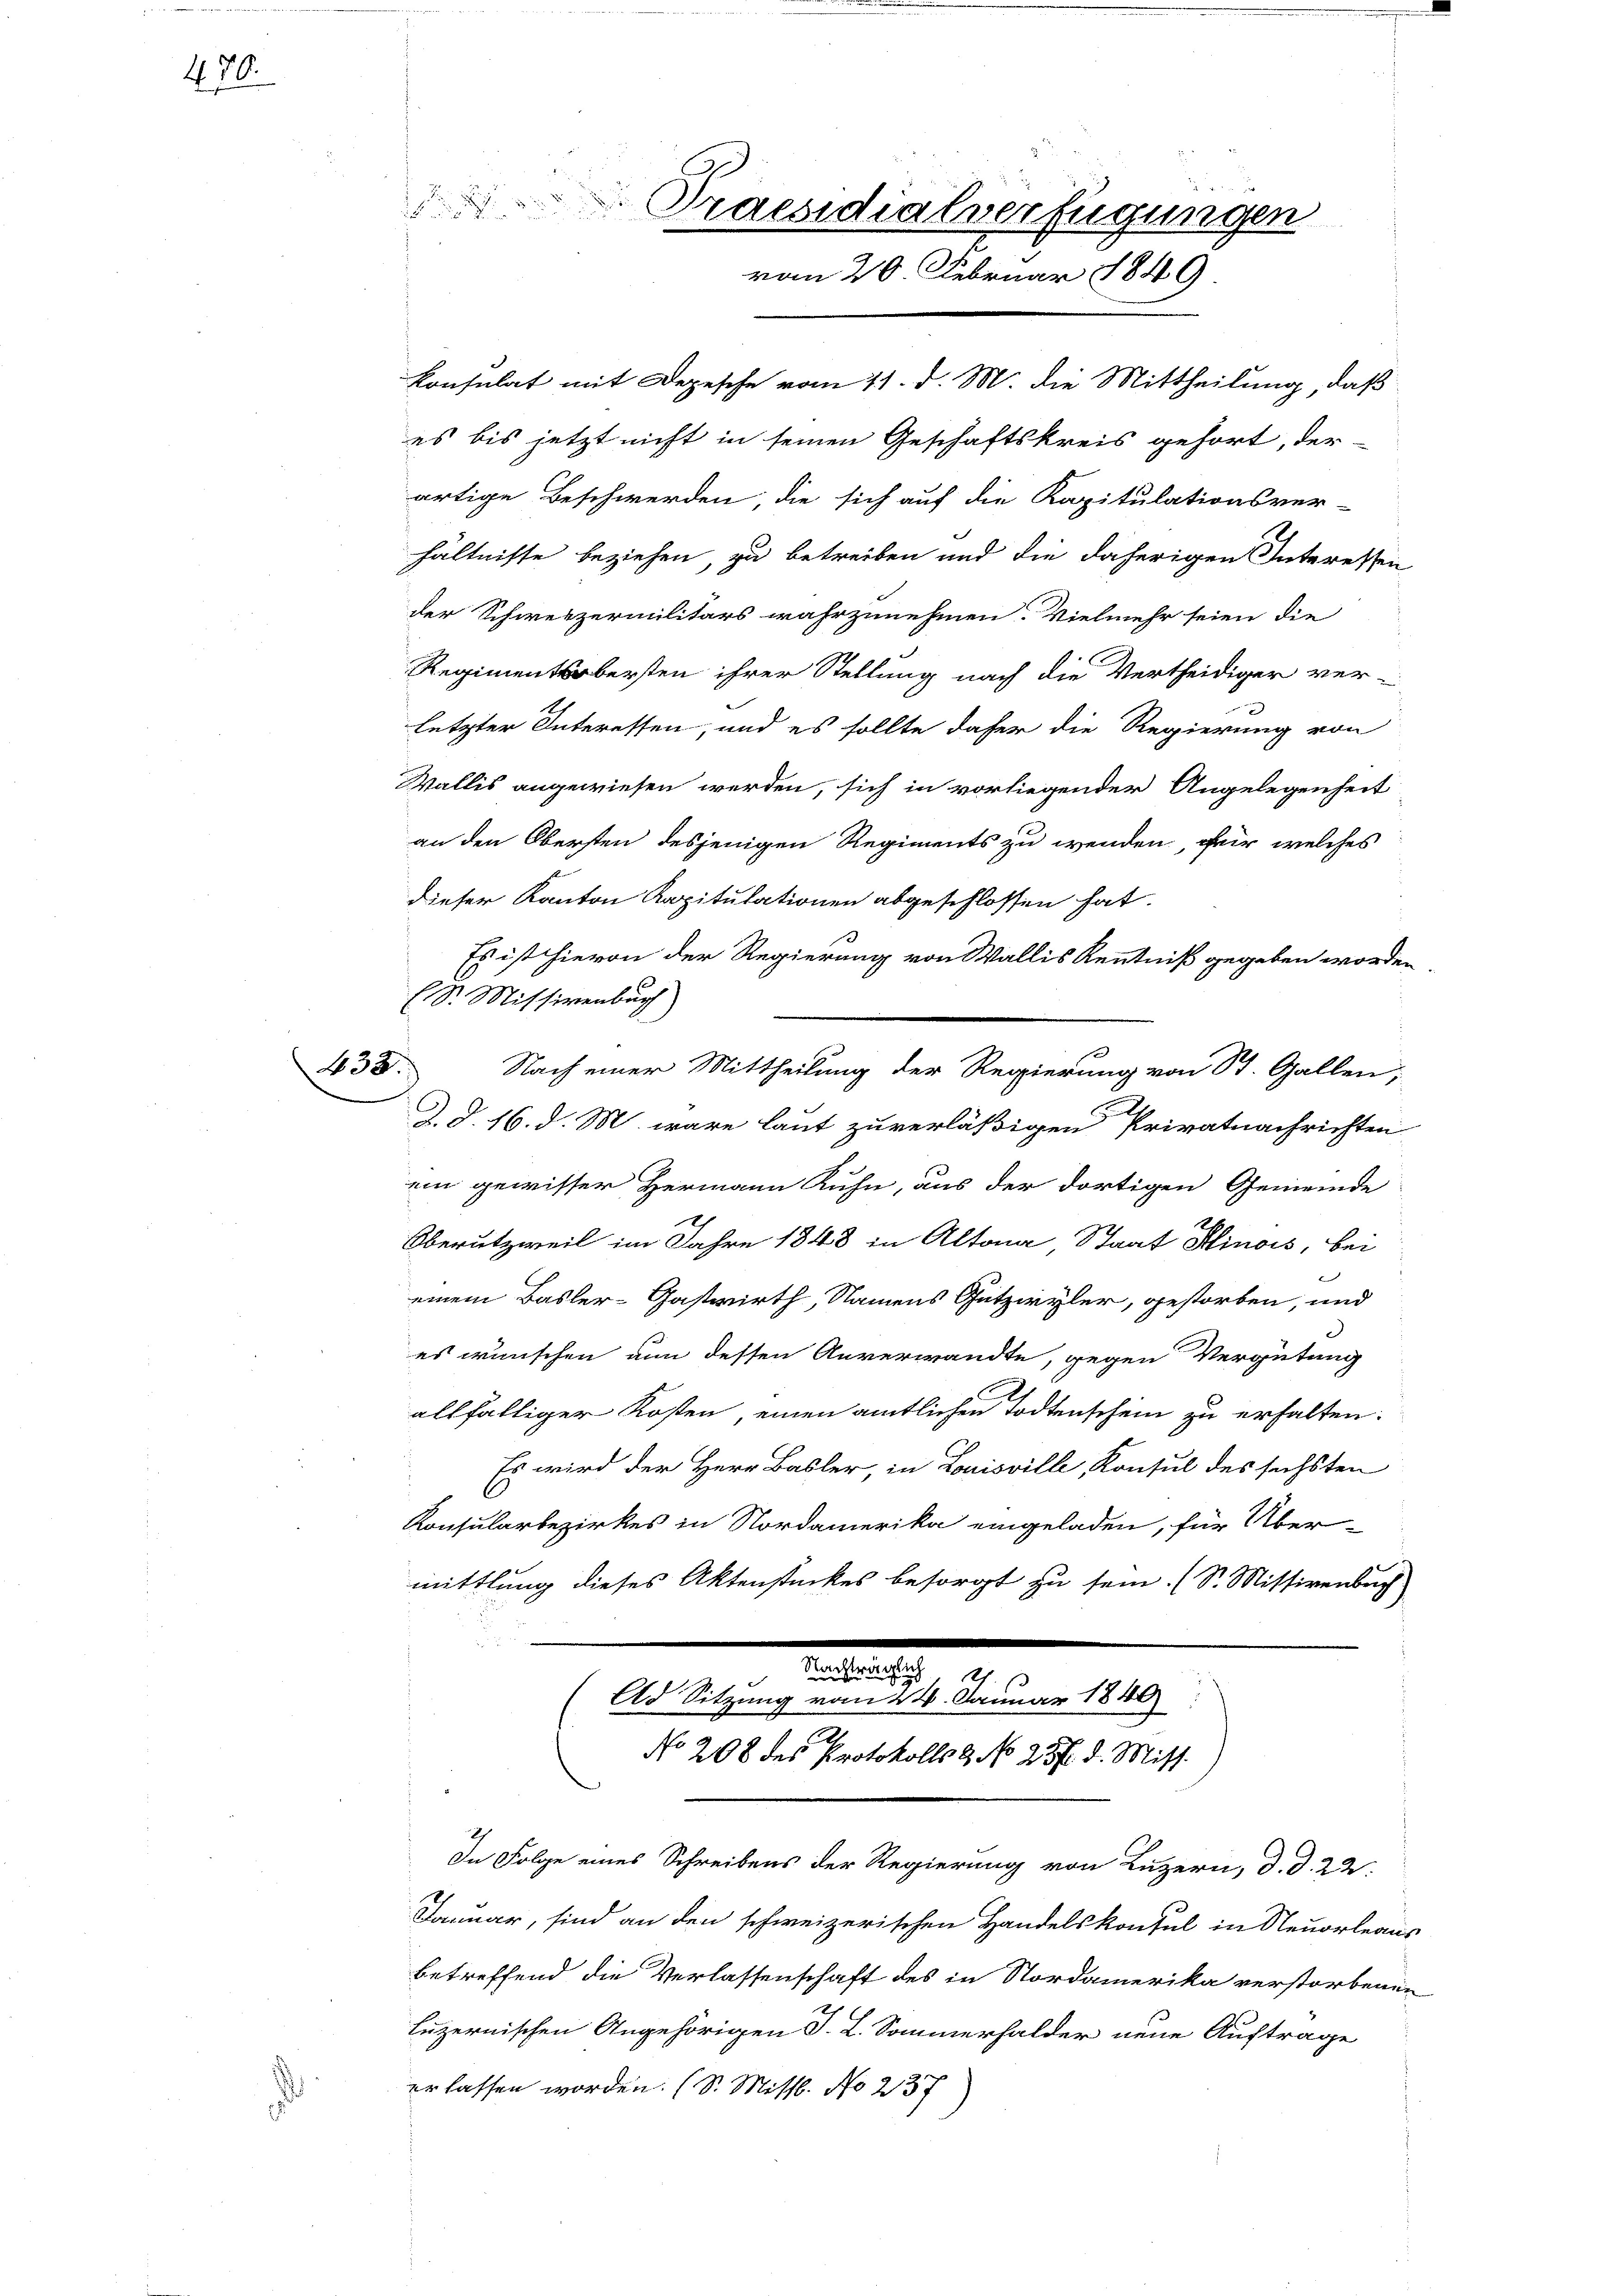
470.

Konsulat mit Depesche vom 11. d. M. die Mittheilung, daß
es bis jetzt nicht in seinen Geschäftskreis gehört, der
artige Beschwerden, die sich auf die Kapitulationsver-
hältnisse beziehen, zu betreiben und die daherigen Interessen
der Schweizermilitärs wahrzunehmen. Vielmehr seien die
Regimentsobersten ihrer Stellung nach die Vertheidiger ver-
letzter Interessen, und es sollte daher die Regierung von
Wallis angewiesen werden, sich in vorliegender Angelegenheit
an den Obersten desjenigen Regiments zu wenden, fir welches
dieser Kanton Kapitulationen abgeschlossen hat.
Es ist hievon der Regierung von Wallis Kenntniß gegeben worden
(S. Missivenbach)
38. Nach einer Mittheilung der Regierung von St. Gallen,
d. d. 16. d. M. wäre laut zuverläßigen Privatnachrichten
ein gewisser Hermann Kuhn, aus der dortigen Gemeinde
Oberutzweil im Jahre 1848 in Altona, Staat Hinois, bei
te
einem Basler-Gastwirth, Namens Gutziryler, gestorben, und
es wünschen an dessen Anverwandte, gegen Vergütung
allfälliger Kosten, einen amtlichen Todtenschein zu erhalten.
Es wird der Herr Basler, in Louisville, Konsul des sichsten
Konsularbezirkes in Nordamerika eingeladen, für Über-
mittlung dieses Aktenstückes besorgt zu sein. (S. Mittirenbrich
.
n

2
Praesidialverfügungen
vom 20 Februar 1849

Ad Sitzung der einen einen d. 4. Januar 1849
No 208 des Protokolls 8. No 237. d. Miss.)

In Folge eines Schreibens der Regierung von Luzern, d. d. 23.
Januar, sind an den schweizerischen Handelskonsul in Neuorleaus
betreffend die Verlassenschaft des in Nordamerika verstorbenen
Luzernischen Angehörigen S. L. Sommerhalder neue Auftrage
erlassen worden. (S. Mittl. No 237